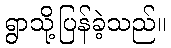
ရွာသို့ပြန်ခဲ့သည်။